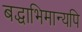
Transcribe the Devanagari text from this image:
बद्धाभिमान्यपि